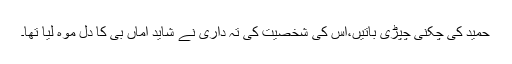
حمید کی چکنی چپڑی باتیں،اس کی شخصیت کی تہ داری نے شاید اماں بی کا دل موہ لیا تھا۔